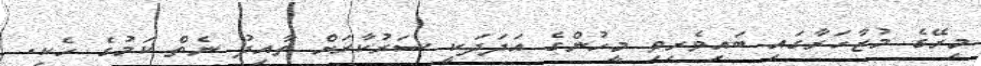
މިރޭގެ މުޒާހަރާގައި ބައިވެރިވި މީހުންގެ އަދަދަކީ ސަރުކާރަށް ތާއިދު ނެތް ކަމުގެ ހެކި.